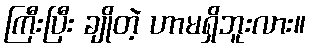
ကြီးပြီး ချိုတဲ့ ဟာမရှိဘူးလား။